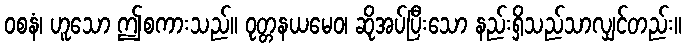
ဝစနံ၊ ဟူသော ဤစကားသည်။ ဝုတ္တနယမေဝ၊ ဆိုအပ်ပြီးသော နည်းရှိသည်သာလျှင်တည်း။